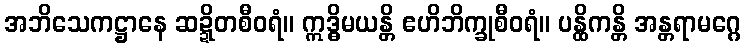
အဘိသေကဋ္ဌာနေ ဆဍ္ဍိတစီဝရံ။ ဣဒ္ဓိမယန္တိ ဧဟိဘိက္ခုစီဝရံ။ ပန္ထိကန္တိ အန္တရာမဂ္ဂေ